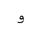
Letter: _waw